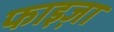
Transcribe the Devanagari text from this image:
फाइज़ा